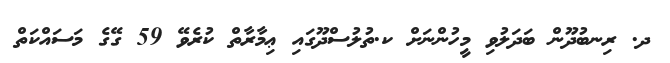
ދ. ރިނބުދޫން ބަދަލުވި މީހުންނަށް ކ.ތުލުސްދޫގައި ޢިމާރާތް ކުރެވޭ 59 ގޭގެ މަސައްކަތް